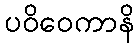
ပဝိဝေကာနိ